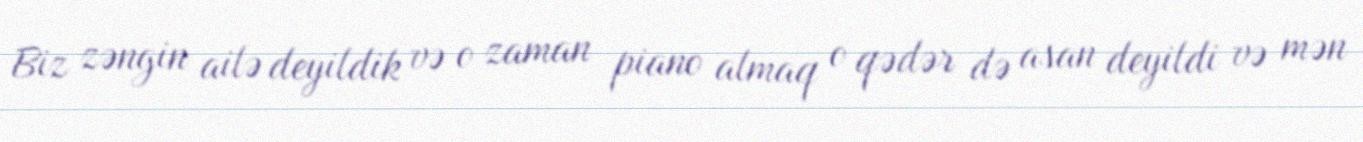
Biz zəngin ailə deyildik və o zaman piano almaq o qədər də asan deyildi və mən